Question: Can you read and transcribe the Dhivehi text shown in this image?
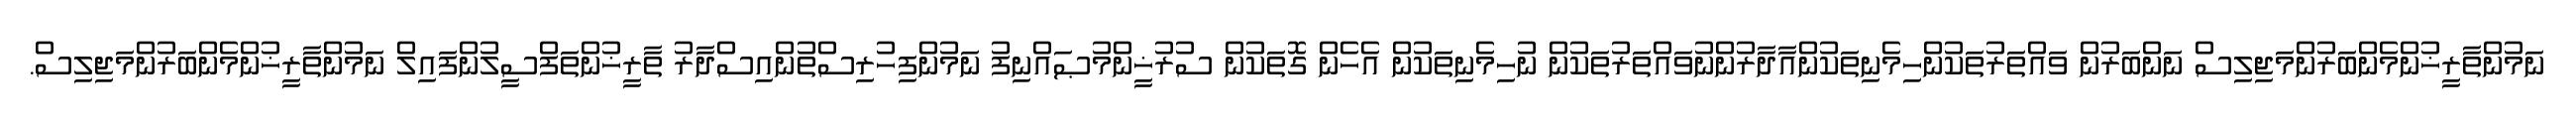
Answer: ނަމުންތާރީޚުންމެންބަރުންމަޖިލިސް ނަންބަރުން ވައްތަރުތަކުންހިމެނިތަކުންއާދާރުންނުވައްތަރުތަކުން ނުހިމެނިތަކުން އެހެން ގޮތަކުން ސުރުޚީންމުޞައްނިފު ނަމުންފިހުރިސްތުންއިސްދާރު ތާރީޚުންތަފްސީލުންފައިލް ނަމުންތާރީޚުންމެންބަރުންމަޖިލިސް.